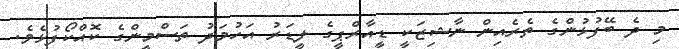
މި ދެ ބޭފުޅުންގެ ތެރެއިން ނާޝިޒަކީ ޑީއާރްޕީގެ ލީޑަރު އަހުމަދު ތަސްމީންގެ ކޮއްކޯފުޅެވެ.